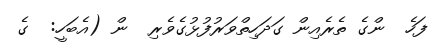
ފަހެ  ންގެ ތެރެއިން ގަދަހިތްވަރުފުޅުގެވެރި  ން (އެބަހީ:  ގެ